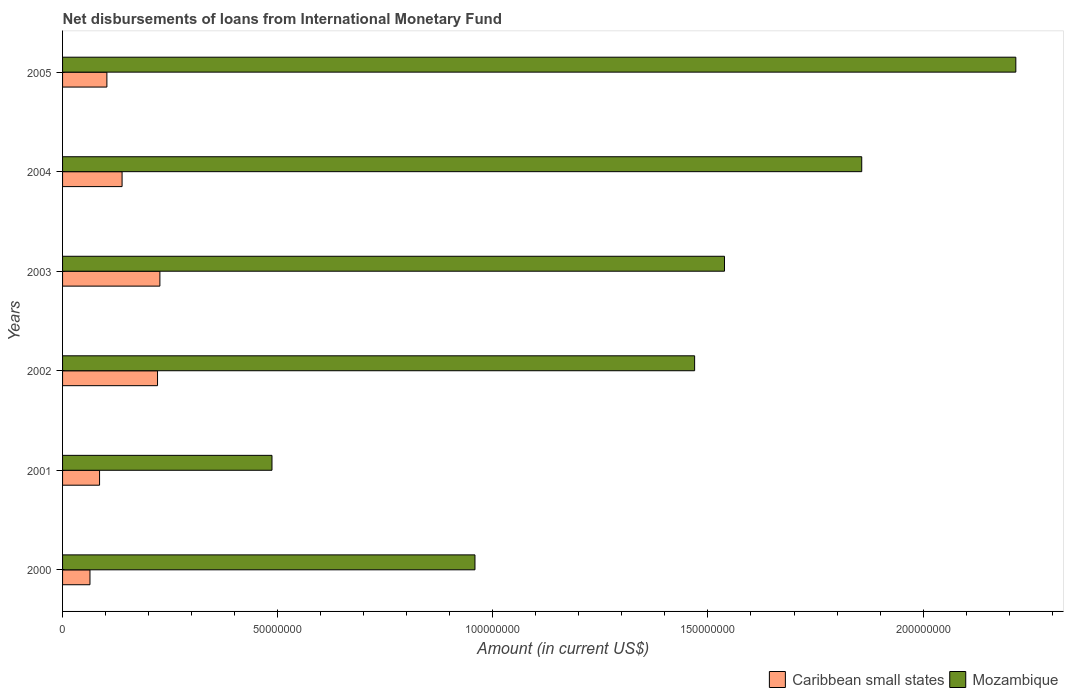
| Years | Caribbean small states | Mozambique |
 | --- | --- | --- |
 | 2000 | 6.37e+06 | 9.59e+07 |
 | 2001 | 8.6e+06 | 4.87e+07 |
 | 2002 | 2.21e+07 | 1.47e+08 |
 | 2003 | 2.26e+07 | 1.54e+08 |
 | 2004 | 1.38e+07 | 1.86e+08 |
 | 2005 | 1.03e+07 | 2.22e+08 |